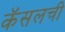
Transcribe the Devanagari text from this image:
कॅसलची